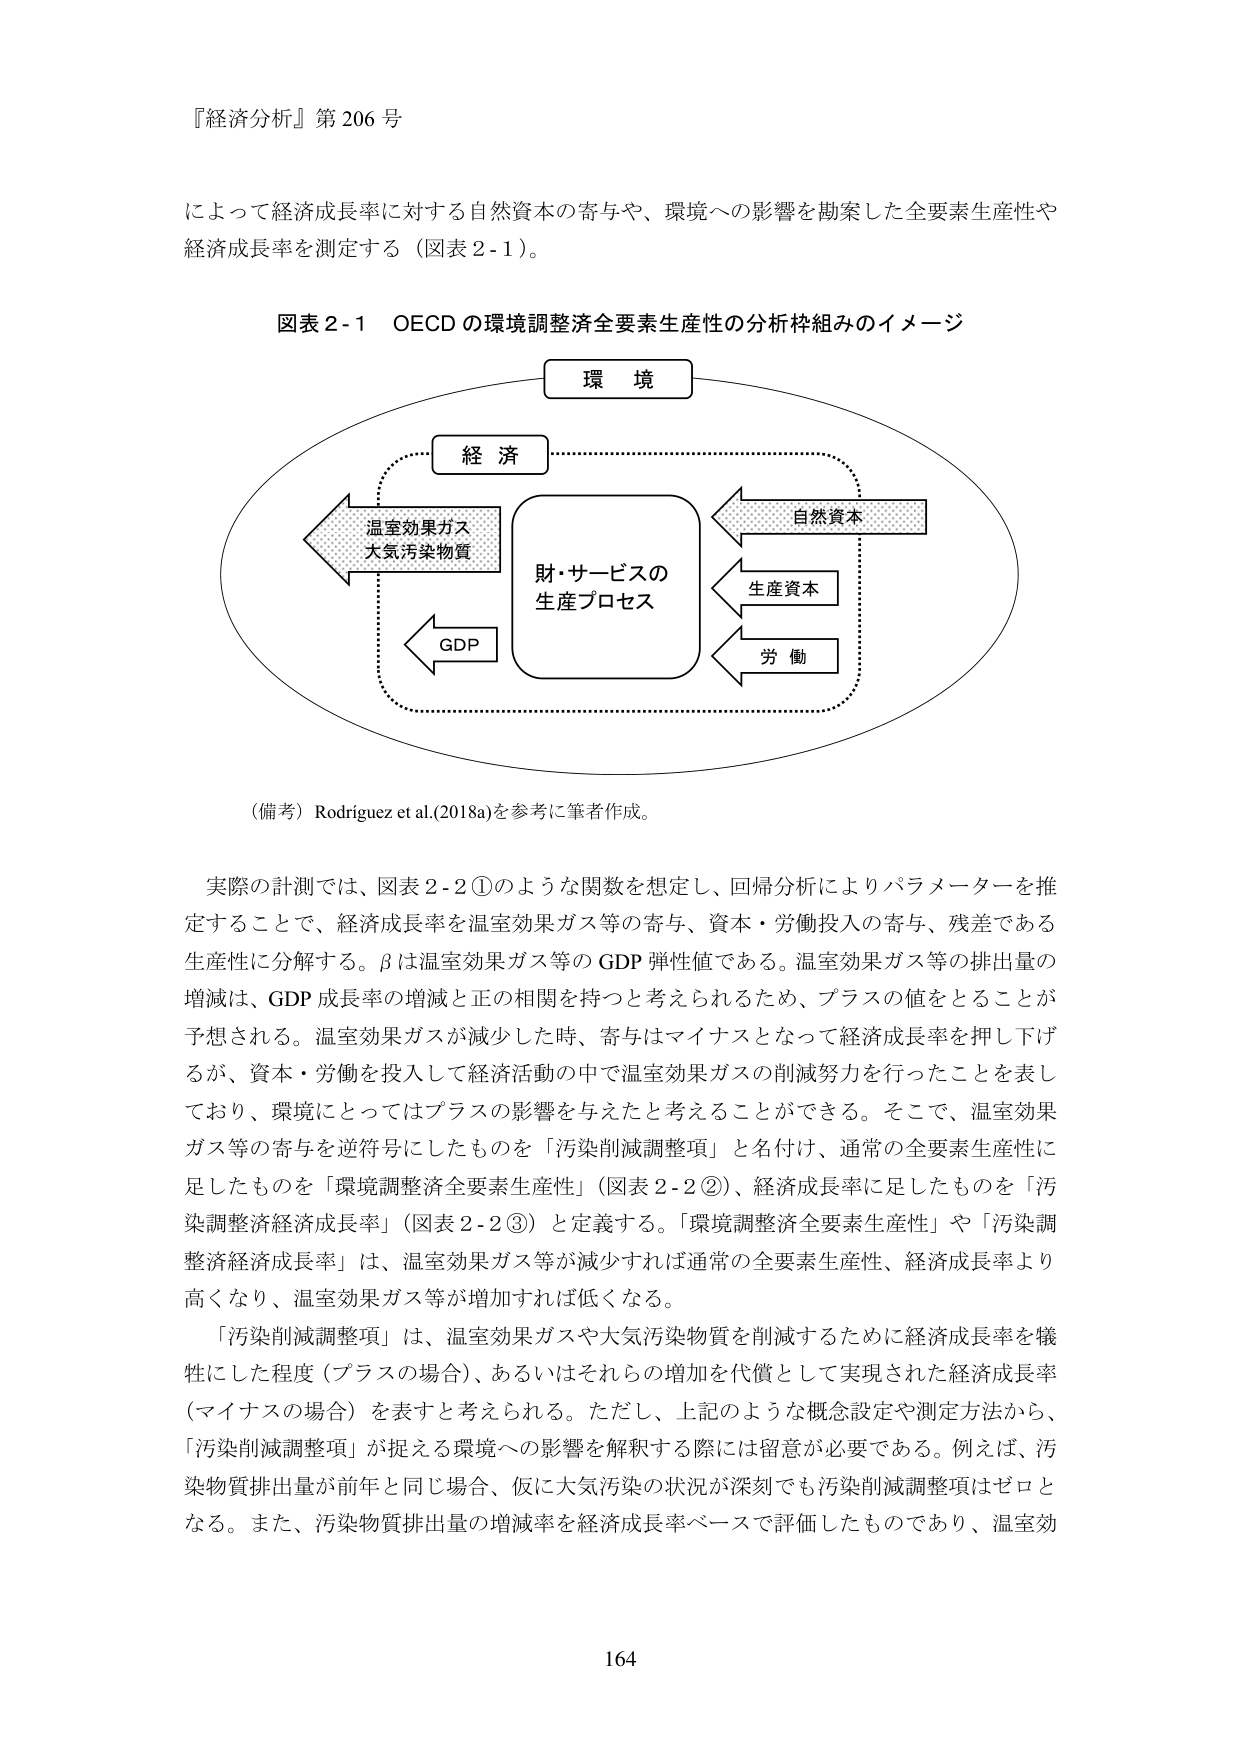
『経済分析』第206号

によって経済成長率に対する自然資本の寄与や、環境への影響を勘案した全要素生産性や経済成長率を測定する（図表2-1）。

図表2-1 OECDの環境調整済全要素生産性の分析枠組みのイメージ

環境
経済
温室効果ガス
大気汚染物質
財・サービスの
生産プロセス
GDP
自然資本
生産資本
労働

（備考）Rodríguez et al.(2018a)を参考に筆者作成。

実際の計測では、図表2-2①のような関数を想定し、回帰分析によりパラメーターを推定することで、経済成長率を温室効果ガス等の寄与、資本・労働投入の寄与、残差である生産性に分解する。βは温室効果ガス等のGDP弾性値である。温室効果ガス等の排出量の増減は、GDP成長率の増減と正の相関を持つと考えられるため、プラスの値をとることが予想される。温室効果ガスが減少した時、寄与はマイナスとなって経済成長率を押し下げるが、資本・労働を投入して経済活動の中で温室効果ガスの削減努力を行ったことを表しており、環境にとってはプラスの影響を与えたと考えることができる。そこで、温室効果ガス等の寄与を逆符号にしたものを「汚染削減調整項」と名付け、通常の全要素生産性に足したものを「環境調整済全要素生産性」（図表2-2②）、経済成長率に足したものを「汚染調整済経済成長率」（図表2-2③）と定義する。「環境調整済全要素生産性」や「汚染調整済経済成長率」は、温室効果ガス等が減少すれば通常の全要素生産性、経済成長率より高くなり、温室効果ガス等が増加すれば低くなる。

「汚染削減調整項」は、温室効果ガスや大気汚染物質を削減するために経済成長率を犠牲にした程度（プラスの場合）、あるいはそれらの増加を代償として実現された経済成長率（マイナスの場合）を表すと考えられる。ただし、上記のような概念設定や測定方法から、「汚染削減調整項」が捉える環境への影響を解釈する際には留意が必要である。例えば、汚染物質排出量が前年と同じ場合、仮に大気汚染の状況が深刻でも汚染削減調整項はゼロとなる。また、汚染物質排出量の増減率を経済成長率ベースで評価したものであり、温室効

164